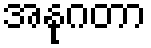
အနုဂတာ